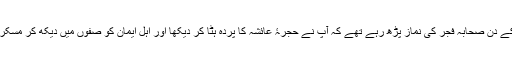
پیر کے دن صحابہ فجر کی نماز پڑھ رہے تھے کہ آپ نے حجرۂ عائشہ کا پردہ ہٹا کر دیکھا اور اہل ایمان کو صفوں میں دیکھ کر مسکرائے۔